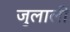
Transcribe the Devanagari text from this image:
जुलाली